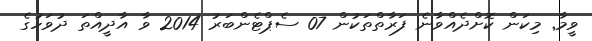
ވީމާ